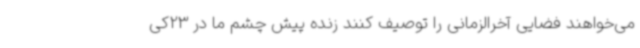
می‌خواهند فضایی آخرالزمانی را توصیف کنند زنده پیش چشم ما در 23‌کی